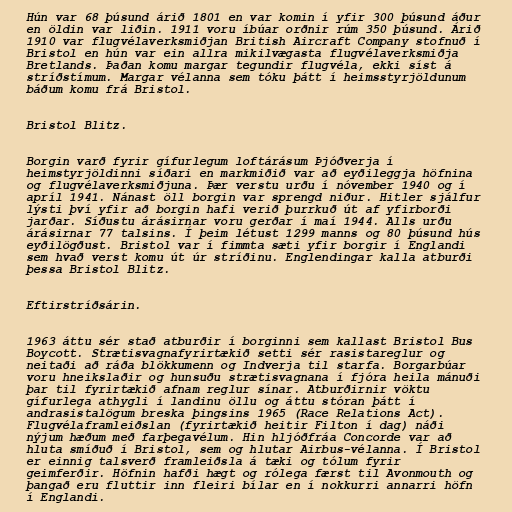
Hún var 68 þúsund árið 1801 en var komin í yfir 300 þúsund áður
en öldin var liðin. 1911 voru íbúar orðnir rúm 350 þúsund. Árið
1910 var flugvélaverksmiðjan British Aircraft Company stofnuð í
Bristol en hún var ein allra mikilvægasta flugvélaverksmiðja
Bretlands. Þaðan komu margar tegundir flugvéla, ekki síst á
stríðstímum. Margar vélanna sem tóku þátt í heimsstyrjöldunum
báðum komu frá Bristol.

Bristol Blitz.

Borgin varð fyrir gífurlegum loftárásum Þjóðverja í
heimstyrjöldinni síðari en markmiðið var að eyðileggja höfnina
og flugvélaverksmiðjuna. Þær verstu urðu í nóvember 1940 og í
apríl 1941. Nánast öll borgin var sprengd niður. Hitler sjálfur
lýsti því yfir að borgin hafi verið þurrkuð út af yfirborði
jarðar. Síðustu árásirnar voru gerðar í maí 1944. Alls urðu
árásirnar 77 talsins. Í þeim létust 1299 manns og 80 þúsund hús
eyðilögðust. Bristol var í fimmta sæti yfir borgir í Englandi
sem hvað verst komu út úr stríðinu. Englendingar kalla atburði
þessa Bristol Blitz.

Eftirstríðsárin.

1963 áttu sér stað atburðir í borginni sem kallast Bristol Bus
Boycott. Strætisvagnafyrirtækið setti sér rasistareglur og
neitaði að ráða blökkumenn og Indverja til starfa. Borgarbúar
voru hneikslaðir og hunsuðu strætisvagnana í fjóra heila mánuði
þar til fyrirtækið afnam reglur sínar. Atburðirnir vöktu
gífurlega athygli í landinu öllu og áttu stóran þátt í
andrasistalögum breska þingsins 1965 (Race Relations Act).
Flugvélaframleiðslan (fyrirtækið heitir Filton í dag) náði
nýjum hæðum með farþegavélum. Hin hljóðfráa Concorde var að
hluta smíðuð í Bristol, sem og hlutar Airbus-vélanna. Í Bristol
er einnig talsverð framleiðsla á tæki og tólum fyrir
geimferðir. Höfnin hafði hægt og rólega færst til Avonmouth og
þangað eru fluttir inn fleiri bílar en í nokkurri annarri höfn
í Englandi.